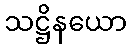
သဋ္ဌိနယော